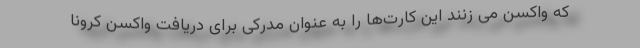
که واکسن می زنند این کارت‌ها را به عنوان مدرکی برای دریافت واکسن کرونا